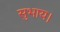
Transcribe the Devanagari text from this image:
सुभाय।